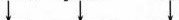
\downarrow \downarrow \downarrow \downarrow